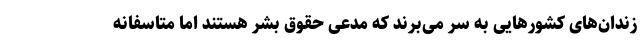
زندان‌های کشورهایی به سر می‌برند که مدعی حقوق بشر هستند اما متاسفانه